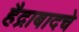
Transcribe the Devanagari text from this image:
हैद्राबादचे